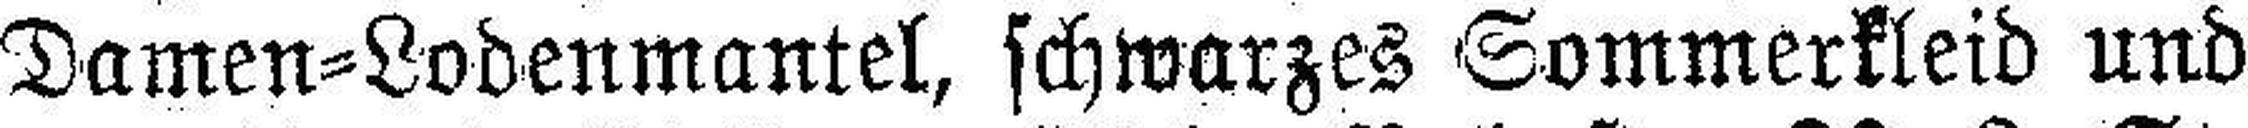
Damen=Lodenmantel, schwarzes Sommerkleid und